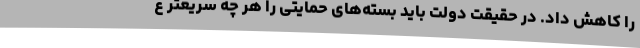
را کاهش داد. در حقیقت دولت باید بسته‌های حمایتی را هر چه سریعتر ع